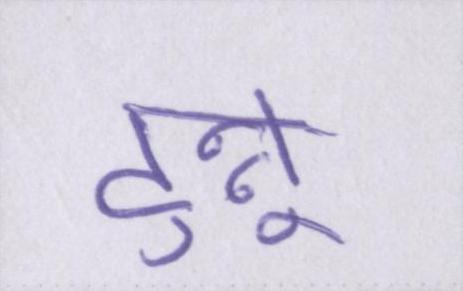
टुन्नू